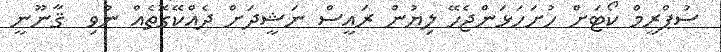
ސުޕްރީމް ކޯޓަށް ހުށަހަޅަންޖެހޭ ލިޔުން ރައީސް ނަޝީދަށް ދެއްކޭގޮތެއް ނުވި  ޤާނޫނީ